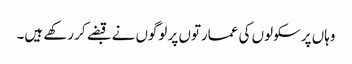
وہاں پر سکولوں کی عمارتوں پر لوگوں نے قبضے کر رکھے ہیں۔